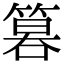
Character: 𥰻